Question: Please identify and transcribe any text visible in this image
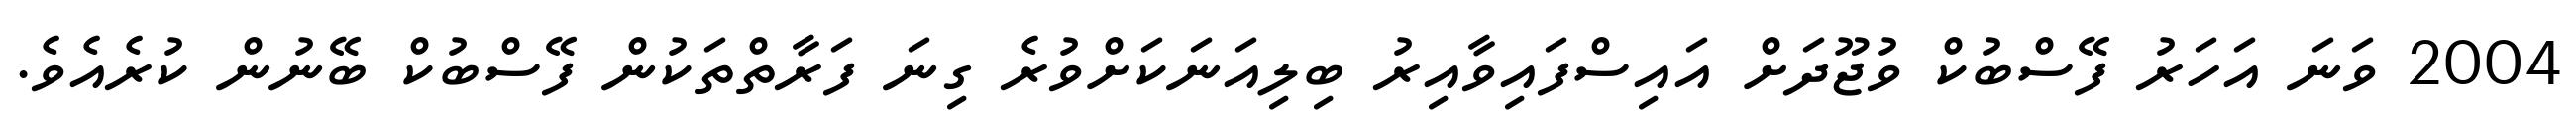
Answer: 2004 ވަނަ އަހަރު ފޭސްބުކް ވުޖޫދަށް އައިސްފައިވާއިރު ބިލިއަނަކަށްވުރެ ގިނަ ފަރާތްތަކުން ފޭސްބުކް ބޭނުން ކުރެއެވެ.